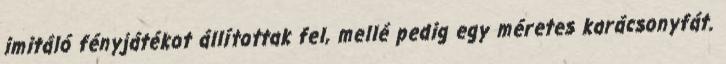
imitáló fényjátékot állítottak fel, mellé pedig egy méretes karácsonyfát.